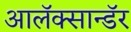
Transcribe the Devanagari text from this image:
आलॅक्सान्डॅर